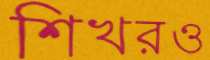
শিখরও